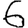
Digit: 6